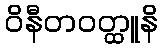
ဝိနီတဝတ္ထူနိ